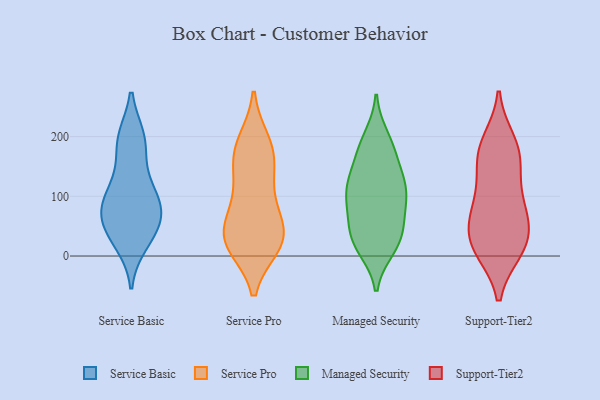
{"axis": {"x": "Conversion Rate (%)", "y": "Value"}, "legend": ["Managed Security", "Service Basic", "Service Pro", "Support-Tier2"], "data": [{"x": "", "y": 71, "type": "Service Basic"}, {"x": "", "y": 63, "type": "Service Basic"}, {"x": "", "y": 70, "type": "Service Basic"}, {"x": "", "y": 194, "type": "Service Basic"}, {"x": "", "y": 91, "type": "Service Basic"}, {"x": "", "y": 196, "type": "Service Basic"}, {"x": "", "y": 192, "type": "Service Basic"}, {"x": "", "y": 34, "type": "Service Basic"}, {"x": "", "y": 23, "type": "Service Basic"}, {"x": "", "y": 99, "type": "Service Basic"}, {"x": "", "y": 42, "type": "Service Basic"}, {"x": "", "y": 134, "type": "Service Basic"}, {"x": "", "y": 102, "type": "Service Basic"}, {"x": "", "y": 156, "type": "Service Pro"}, {"x": "", "y": 100, "type": "Service Pro"}, {"x": "", "y": 24, "type": "Service Pro"}, {"x": "", "y": 20, "type": "Service Pro"}, {"x": "", "y": 140, "type": "Service Pro"}, {"x": "", "y": 36, "type": "Service Pro"}, {"x": "", "y": 59, "type": "Service Pro"}, {"x": "", "y": 171, "type": "Service Pro"}, {"x": "", "y": 39, "type": "Service Pro"}, {"x": "", "y": 191, "type": "Service Pro"}, {"x": "", "y": 21, "type": "Service Pro"}, {"x": "", "y": 186, "type": "Service Pro"}, {"x": "", "y": 18, "type": "Service Pro"}, {"x": "", "y": 86, "type": "Service Pro"}, {"x": "", "y": 174, "type": "Managed Security"}, {"x": "", "y": 60, "type": "Managed Security"}, {"x": "", "y": 187, "type": "Managed Security"}, {"x": "", "y": 21, "type": "Managed Security"}, {"x": "", "y": 109, "type": "Managed Security"}, {"x": "", "y": 131, "type": "Managed Security"}, {"x": "", "y": 67, "type": "Managed Security"}, {"x": "", "y": 121, "type": "Managed Security"}, {"x": "", "y": 118, "type": "Managed Security"}, {"x": "", "y": 165, "type": "Managed Security"}, {"x": "", "y": 29, "type": "Managed Security"}, {"x": "", "y": 112, "type": "Managed Security"}, {"x": "", "y": 80, "type": "Managed Security"}, {"x": "", "y": 100, "type": "Managed Security"}, {"x": "", "y": 40, "type": "Managed Security"}, {"x": "", "y": 13, "type": "Managed Security"}, {"x": "", "y": 199, "type": "Managed Security"}, {"x": "", "y": 19, "type": "Managed Security"}, {"x": "", "y": 62, "type": "Support-Tier2"}, {"x": "", "y": 20, "type": "Support-Tier2"}, {"x": "", "y": 190, "type": "Support-Tier2"}, {"x": "", "y": 116, "type": "Support-Tier2"}, {"x": "", "y": 163, "type": "Support-Tier2"}, {"x": "", "y": 20, "type": "Support-Tier2"}, {"x": "", "y": 175, "type": "Support-Tier2"}, {"x": "", "y": 94, "type": "Support-Tier2"}, {"x": "", "y": 12, "type": "Support-Tier2"}, {"x": "", "y": 70, "type": "Support-Tier2"}, {"x": "", "y": 170, "type": "Support-Tier2"}, {"x": "", "y": 11, "type": "Support-Tier2"}, {"x": "", "y": 53, "type": "Support-Tier2"}]}